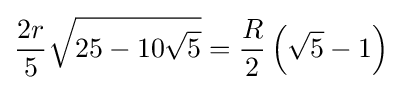
{\frac {2r}{5}}{\sqrt {25-10{\sqrt {5}}}}={\frac {R}{2}}\left({\sqrt {5}}-1\right)\!